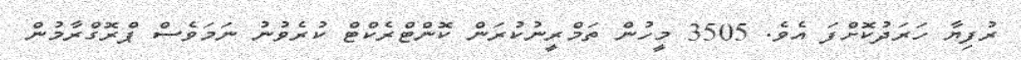
ރުފިޔާ ހަރަދުކޮށްފަ އެވެ. 3505 މީހުން ތަމްރީނުކުރަން ކޮންޓްރެކްޓް ކުރެވުނު ނަމަވެސް ޕްރޮގްރާމުން